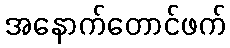
အနောက်တောင်ဖက်